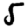
Digit: 5